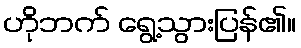
ဟိုဘက် ရွေ့သွားပြန်၏။